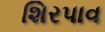
શિરપાવ